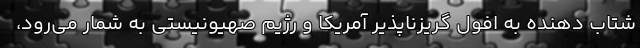
شتاب دهنده به افول گریزناپذیر آمریکا و رژیم صهیونیستی به شمار می‌رود،